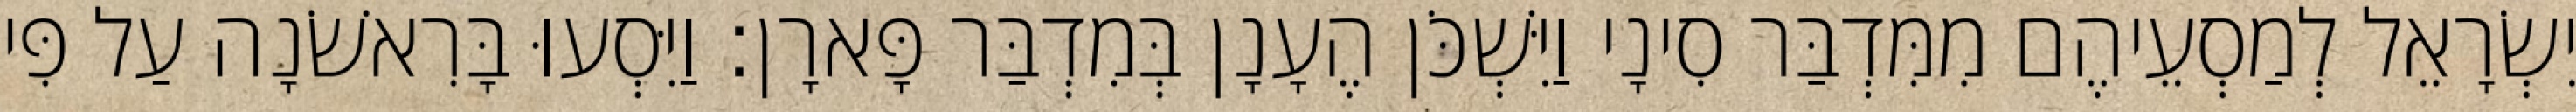
יִשְׂרָאֵל לְמַסְעֵיהֶם מִמִּדְבַּר סִינָי וַיִּשְׁכֹּן הֶעָנָן בְּמִדְבַּר פָּארָן׃ וַיִּסְעוּ בָּרִאשֹׁנָה עַל פִּי